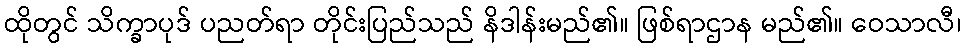
ထိုတွင် သိက္ခာပုဒ် ပညတ်ရာ တိုင်းပြည်သည် နိဒါန်းမည်၏။ ဖြစ်ရာဌာန မည်၏။ ဝေသာလီ၊